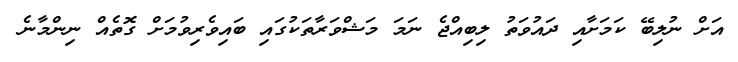
އަށް ނުލިބޭ ކަމަށާއި ދައުވަތު ލިބިއްޖެ ނަމަ މަޝްވަރާތަކުގައި ބައިވެރިވުމަށް ގޮތެއް ނިންމާނެ